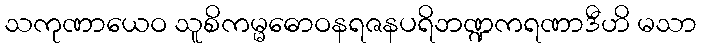
သကုဏာယေဝ သူစိကမ္မဓောဝနရဇနပရိဘဏ္ဍကရဏာဒီဟိ မသာ